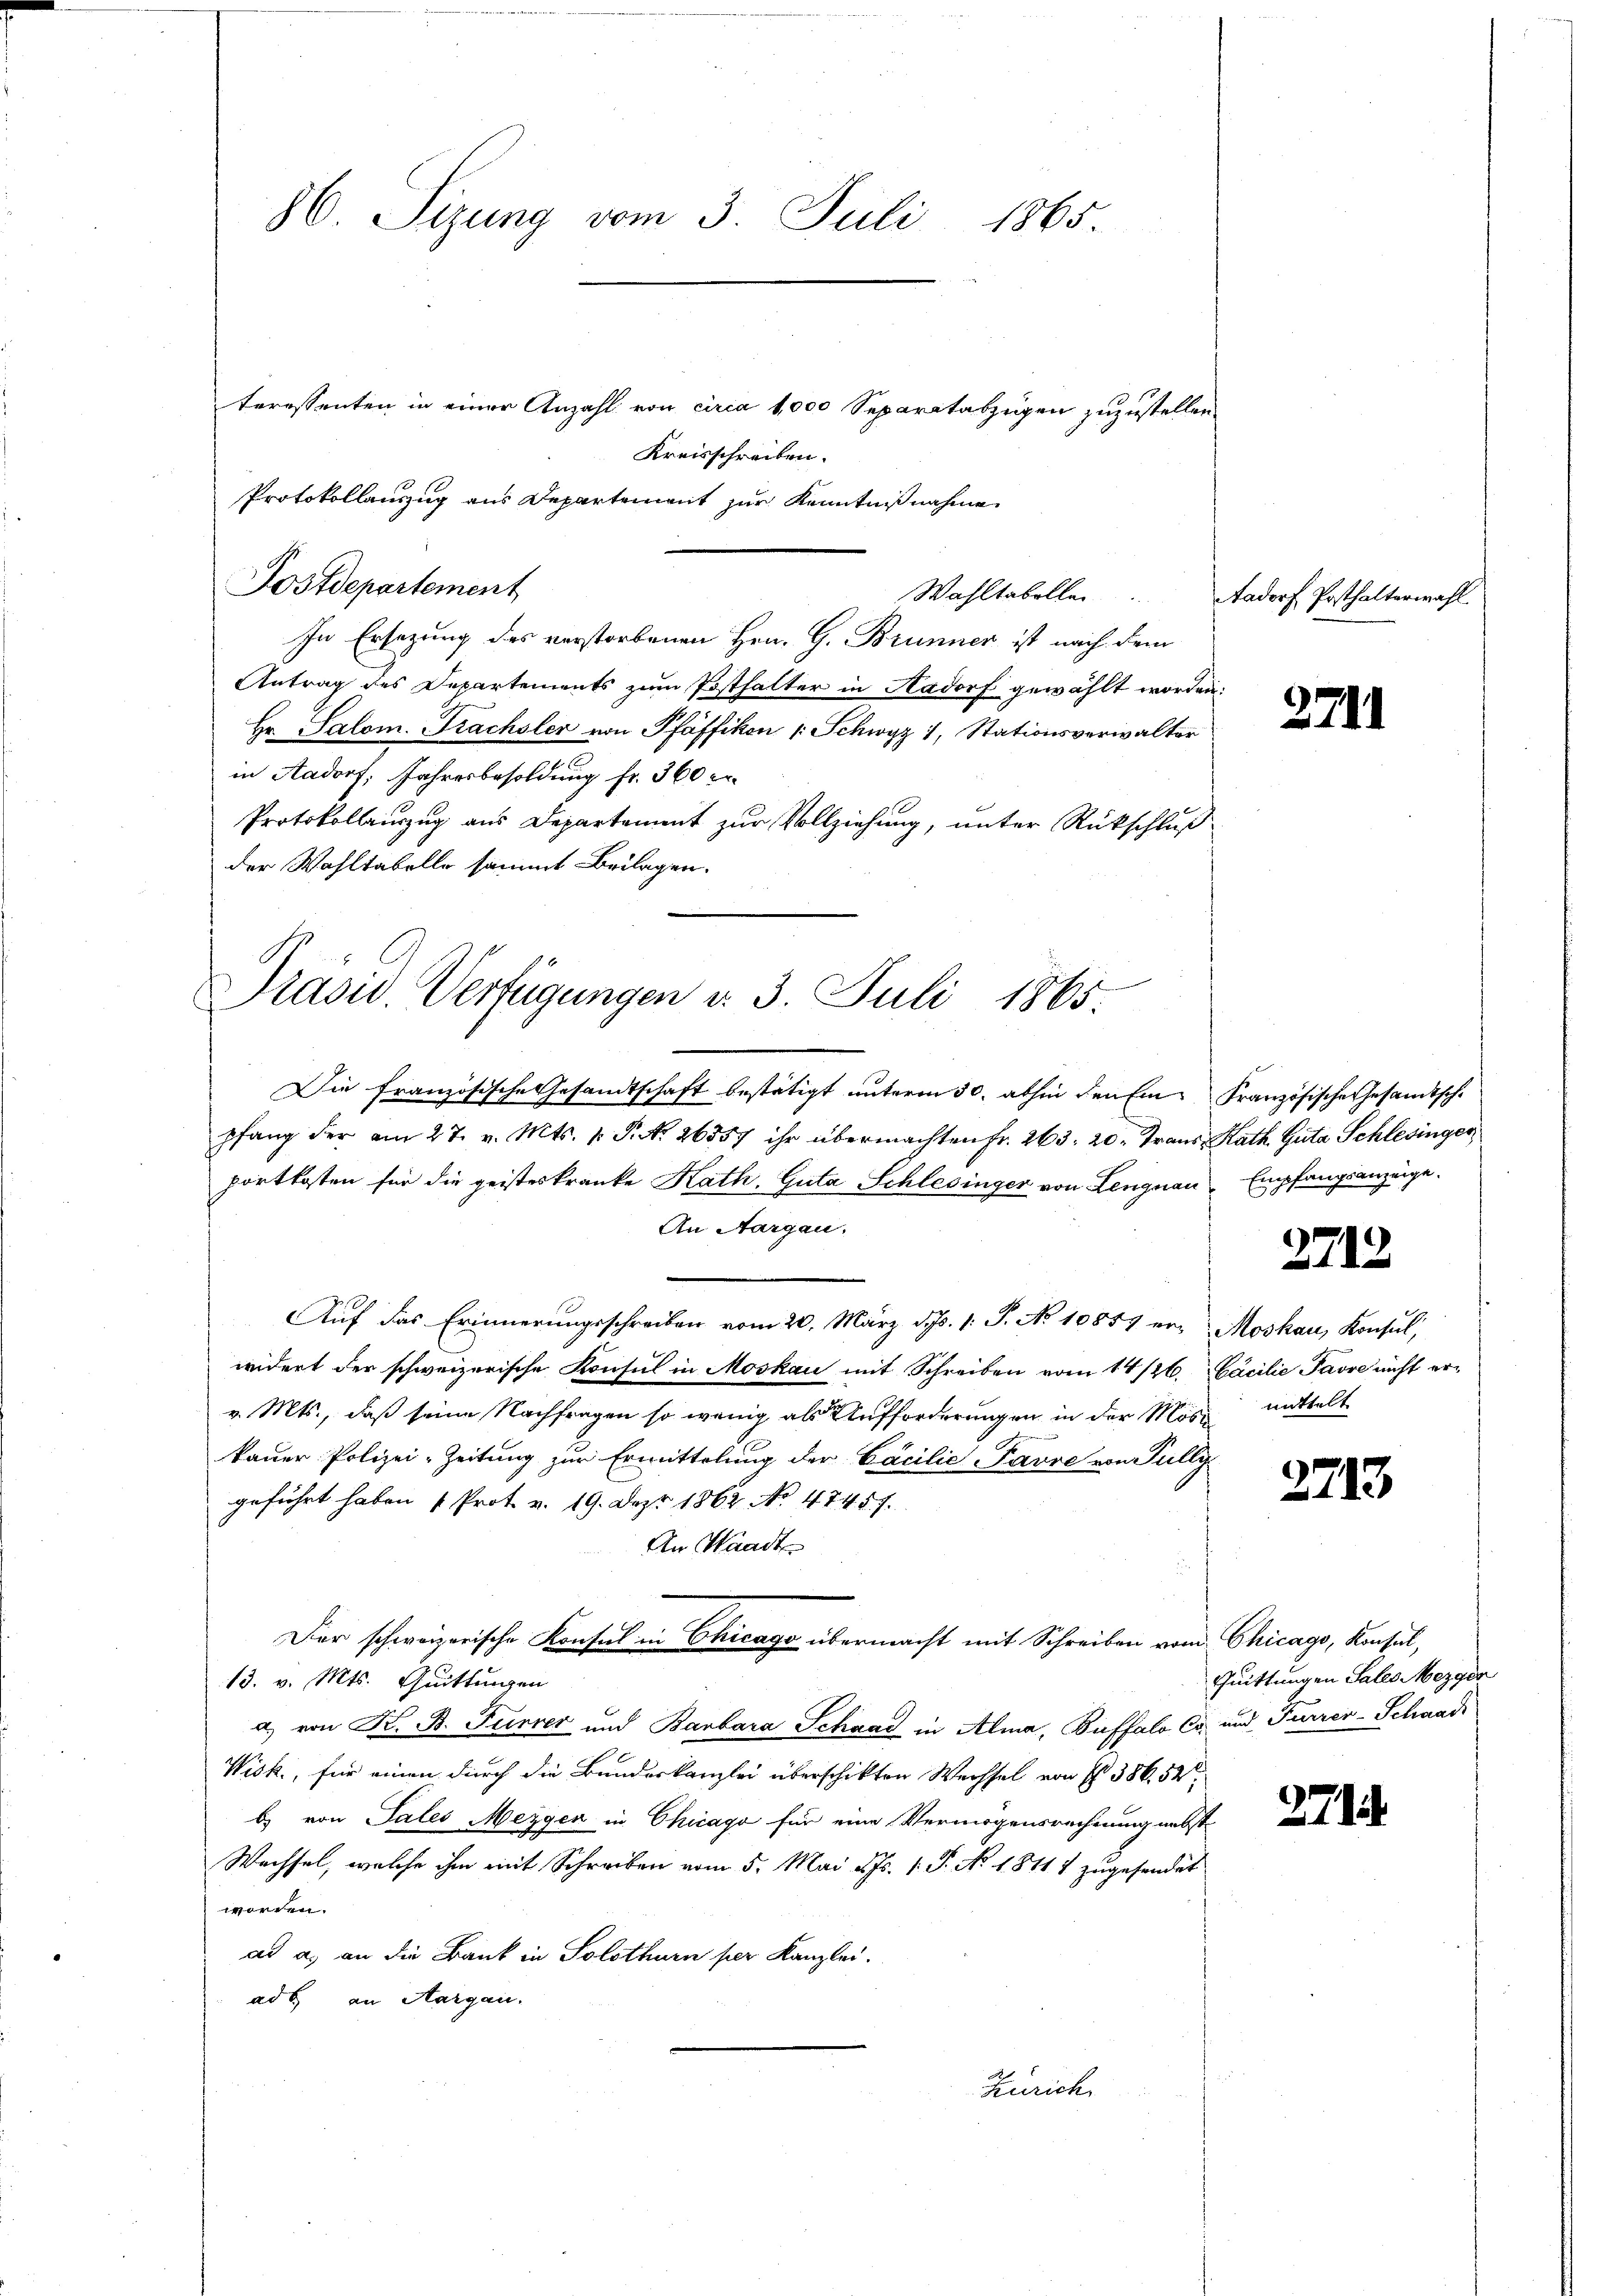
86. Sizung vom 3. Juli 1865.
teressenten in einer Anzahl von circa 1,000 Separatabzügen zuzustellen.
Kreisschreiben.

Protokollauszug aus Departement zur Kenntnißnahme
In Ersezung des verstorbenen Hrn. G. Brunner ist nach dem
Antrag des Departements zum Posthalter in Aadorf gewählt worden.
Hr. Salom. Krachsler von Pfäffikon : Schwyz 1, Stationsverwalter
in Aadorf: Jahresbesoldung fr. 360 er
Protokollauszug aus Departement zur Vollziehung, unter Rückschluß
der Wahltabelle sammt Beilagen.

Postdepartement

Präsid. Verfügungen v. 3. Juli 1865.

Die französische Gesandtschaft bestätigt unterm 30. abhin den Ein Französische Gesandtsche
pfang der am 27. v. Mts. 1. P. N. 26557 ihr übermachten Fr. 263. 20. Trans Rath Guta Schlesinger
portkosten für die geisteskranke Kath. Guta Schlesinger von Lengnau
An Aargau.
Auf das Erinnerungsschreiben vom 20. März d. 1. P. No 10857 er, Moskau, Konsul,
widert der schweizerische Konsul in Moskau mit Schreiben vom 14/26. Säcilie Pavre nicht erv. Mts., daß seine Nachfragen so wenig als Aufforderungen in der Möskauer Polizei-Zeitung zur Ermittelung der Cocilić-Favre von Fully
geführt haben u Prot. v. 19. Dez. 1862 No 47457.
An Waadt
Der schweizerische Konsul in Chicago übermacht mit Schreiben vom Chicago, Konsul,
13. v. Mts. Quittungen
a) von K. B. Furrer und Barbara Schaad in Alma, Buffalo Co und Furrer-Schaad
Wisk, für einen durch die Bundeskanzlei überschikten Wechsel von § 386. 52
b. von Tales Mezgen in Chicago für eine Vermögensrechnung nebst
Wechsel, welche ihm mit Schreiben vom 5. Mai d. Js. 1. P. No 1811 7 zugehendet
worden.
ad a. an die Bank in Solothurn per Kanzlei.
ad b. an Aargau.
Zürich

Wahltabellen

Aadorf Posthalterwahl.

2741

Empfangsanzeige.

2713

mittelt

2713

Quittungen Sales Mezger

271